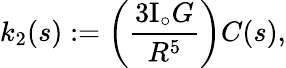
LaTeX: k_{2}(s):=\left(\frac{3\mathrm{I}_{\circ}G}{R^{5}}\right)C(s),